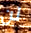
لن